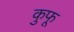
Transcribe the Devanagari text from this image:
कुफू